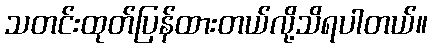
သတင်းထုတ်ပြန်ထားတယ်လို့သိရပါတယ်။